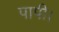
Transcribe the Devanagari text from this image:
पापी।